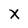
Character: X